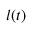
\boldsymbol { l } ( t )